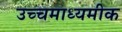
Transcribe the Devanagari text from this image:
उच्चमाध्यमीक